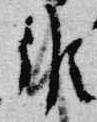
候